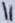
Text: 11